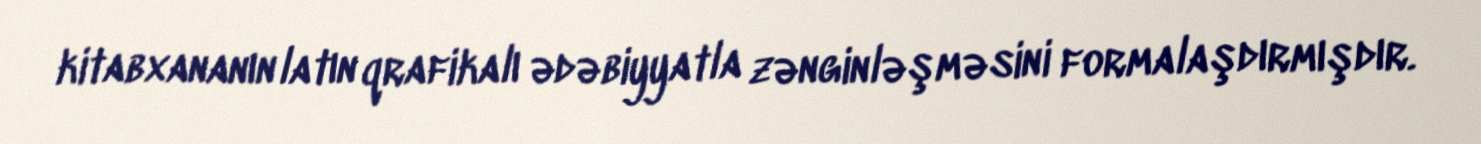
kitabxananın latın qrafikalı ədəbiyyatla zənginləşməsini formalaşdırmışdır.